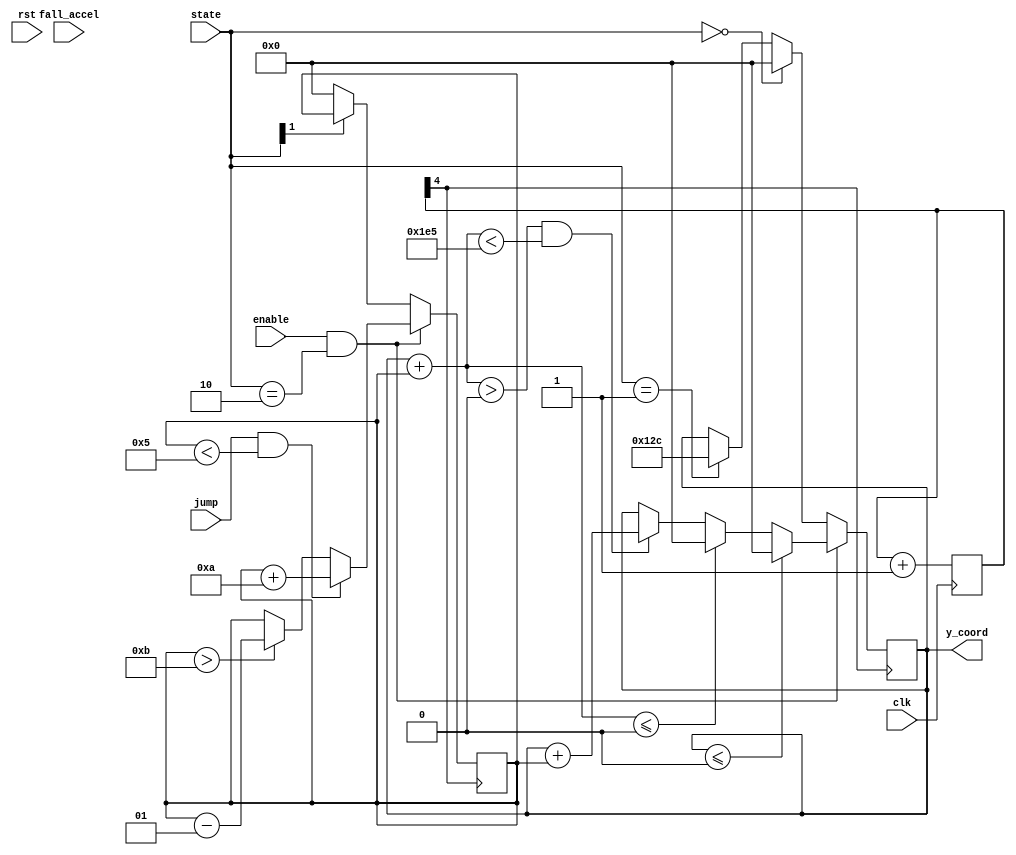
`timescale 1ns / 1ps
//////////////////////////////////////////////////////////////////////////////////
// Company: 
// Engineer: 
// 
// Design Name: 
// Module Name:    bird 
// Project Name: 
// Target Devices: 
// Tool versions: 
// Description: 
//
// Dependencies: 
//
// Revision: 
// Revision 0.01 - File Created
// Additional Comments: 
//
//////////////////////////////////////////////////////////////////////////////////
module bird(clk, rst, enable, jump, state, fall_accel, y_coord
    );
	 
	 input clk;
	 input enable;
	 input jump;
	 input [1:0] fall_accel;
	 input rst;
	 input [1:0] state;
	 output reg signed[10:0] y_coord;
	 initial y_coord = 'd300;
	 
	 reg signed [10:0] vel; 
	 initial vel = 'd0;
	 
	 reg jump_d;
	 initial jump_d = 0;
		
	 reg [8:0] clock_div;
	 initial clock_div = 0;
	 always @ (posedge clk)
		clock_div <= clock_div+1;
	
	 always @ (posedge clock_div[4])
	 begin
	 if(enable && state == 2)
		begin
		//bird flight start
			if(jump && vel < 5)
			begin
				vel <= vel + 'd10;
			end
		//jump button not pressed
			else if (vel > -5)
				vel <= vel - 1;//fall_accel;
		end
	 else if (!state[1])
		vel <= 0;
	 end
	 
	 always @ (posedge clock_div[4])
	 begin
	 if(enable && state == 2)
		begin
		//put patch of grass
			if(y_coord <= 0)
				y_coord <= 0;
			else if(y_coord + vel <= 0)
				y_coord <= 0;
			else if((y_coord + vel) > 0 && (y_coord + vel) < 485)
				y_coord <= y_coord + vel;

		end
	 else if (state == 0)
		y_coord <= 0;
	 else if (state == 1)
		y_coord <= 300;
	 end
	 

endmodule